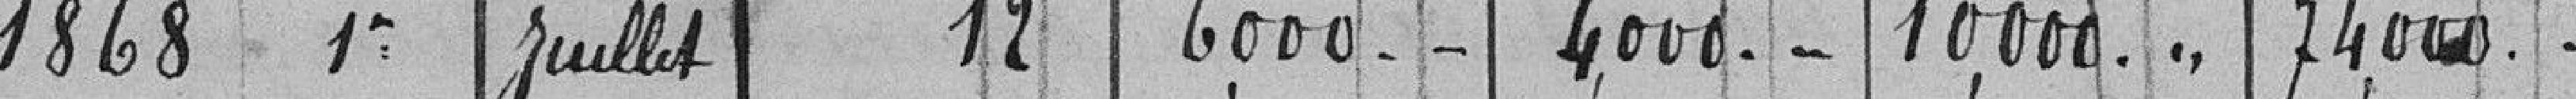
1868 1er Juillet 12 6.000 - - 4.000 - - 10.000 - - 74.000 - -